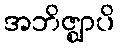
အဘိဇ္ဈာပိ